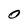
Character: O